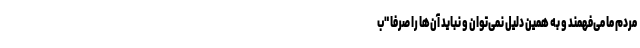
مردم ما می‌فهمند و به همین دلیل نمی‌توان و نباید آن‌ها را صرفا "ب